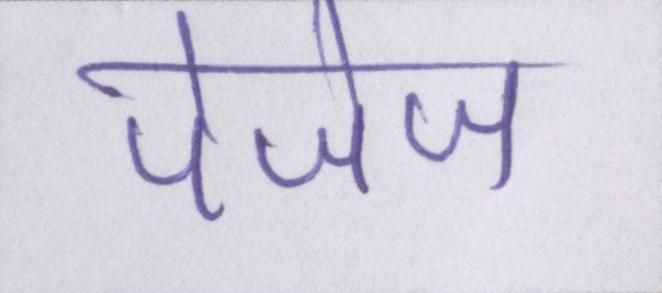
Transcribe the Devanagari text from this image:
पेजेज